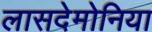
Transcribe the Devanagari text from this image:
लासदेमोनिया